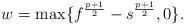
LaTeX: \begin{align*}w=\max\{ f^{\frac{p +1}{2}} - s^{\frac{p+1}{2}} ,0\}.\end{align*}